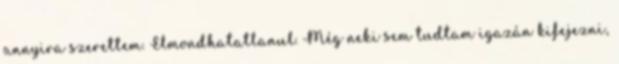
annyira szerettem. Elmondhatatlanul. Még neki sem tudtam igazán kifejezni,